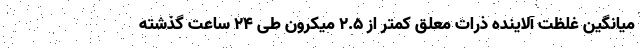
میانگین غلظت آلاینده ذرات معلق کمتر از ۲.۵ میکرون طی ۲۴ ساعت گذشته